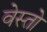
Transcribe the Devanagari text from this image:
वेस्तो